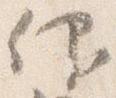
仰